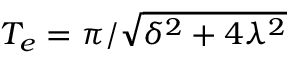
T _ { e } = \pi / \sqrt { \delta ^ { 2 } + 4 \lambda ^ { 2 } }